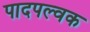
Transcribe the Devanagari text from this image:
पादपल्वक